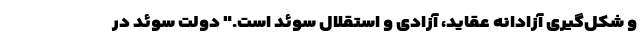
و شکل‌گیری آزادانه عقاید، آزادی و استقلال سوئد است." دولت سوئد در